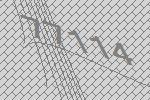
77114